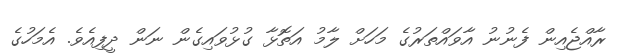
ރާއްޖެއިން ފެނުނު އާވައްތަރުގެ މަހަށް ލާމު އަތޮޅާ ގުޅުވައިގެން ނަން ދީފިއެވެ. އެމަހުގެ